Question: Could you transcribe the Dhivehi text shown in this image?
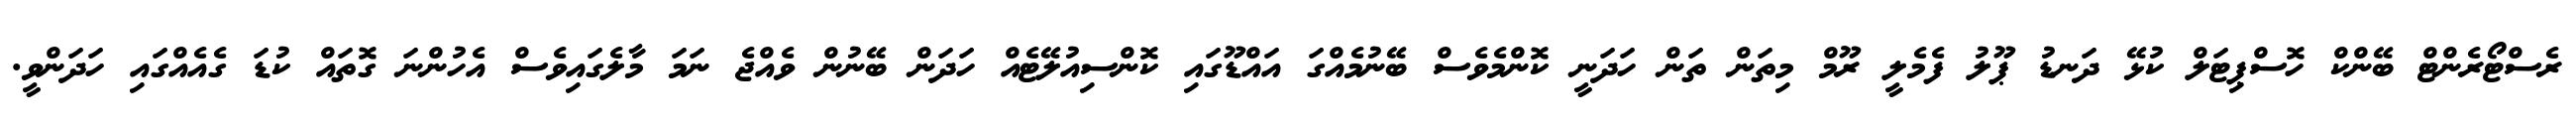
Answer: ރެސްޓޯރެންޓް ބޭންކް ހޮސްޕިޓަލް ކުޅޭ ދަނޑު ޕޫލު ފެމެލީ ރޫމް މިތަން ތަން ހަދަނީ ކޮންމެވެސް ބޭނުމެއްގަ އައްޑޫގައި ކޮންސިއުލޭޓެއް ހަދަން ބޭނުން ވެއްޖެ ނަމަ މާލެގައިވެސް އެހުންނަ ގޮތައް ކުޑަ ގެއެއްގައި ހަދަންވީ.